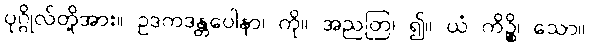
ပုဂ္ဂိုလ်တို့အား။ ဥဒကဒန္တပေါနာ၊ ကို။ အညတြ၊ ၍။ ယံ ကိဉ္စိ၊ သော။